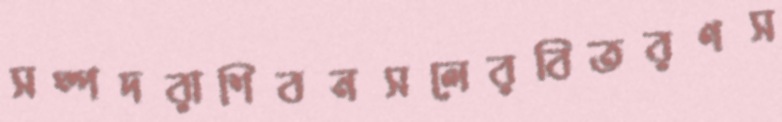
সম্পদরাশিবনসলেরবিতরণস